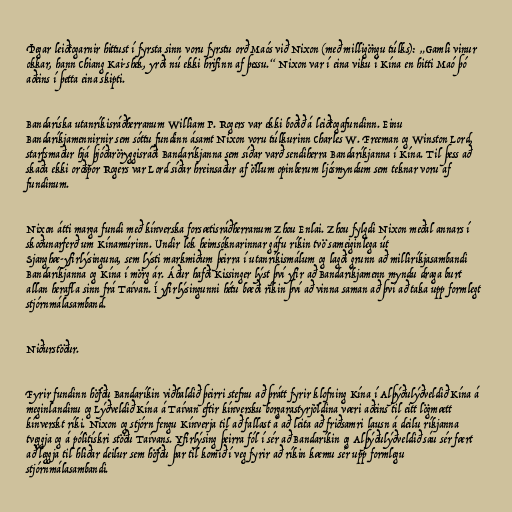
Þegar leiðtogarnir hittust í fyrsta sinn voru fyrstu orð Maós við Nixon (með milligöngu túlks): „Gamli vinur
okkar, hann Chiang Kai-shek, yrði nú ekki hrifinn af þessu.“ Nixon var í eina viku í Kína en hitti Maó þó
aðeins í þetta eina skipti.

Bandaríska utanríkisráðherranum William P. Rogers var ekki boðið á leiðtogafundinn. Einu
Bandaríkjamennirnir sem sóttu fundinn ásamt Nixon voru túlkurinn Charles W. Freeman og Winston Lord,
starfsmaður hjá þjóðaröryggisráði Bandaríkjanna sem síðar varð sendiherra Bandaríkjanna í Kína. Til þess að
skaða ekki orðspor Rogers var Lord síðar hreinsaður af öllum opinberum ljósmyndum sem teknar voru af
fundinum.

Nixon átti marga fundi með kínverska forsætisráðherranum Zhou Enlai. Zhou fylgdi Nixon meðal annars í
skoðunarferð um Kínamúrinn. Undir lok heimsóknarinnar gáfu ríkin tvö sameiginlega út
Sjanghæ-yfirlýsinguna, sem lýsti markmiðum þeirra í utanríkismálum og lagði grunn að milliríkjasambandi
Bandaríkjanna og Kína í mörg ár. Áður hafði Kissinger lýst því yfir að Bandaríkjamenn myndu draga burt
allan herafla sinn frá Taívan. Í yfirlýsingunni hétu bæði ríkin því að vinna saman að því að taka upp formlegt
stjórnmálasamband.

Niðurstöður.

Fyrir fundinn höfðu Bandaríkin viðhaldið þeirri stefnu að þrátt fyrir klofning Kína í Alþýðulýðveldið Kína á
meginlandinu og Lýðveldið Kína á Taívan eftir kínversku borgarastyrjöldina væri aðeins til eitt lögmætt
kínverskt ríki. Nixon og stjórn fengu Kínverja til að fallast á að leita að friðsamri lausn á deilu ríkjanna
tveggja og á pólitískri stöðu Taívans. Yfirlýsing þeirra fól í sér að Bandaríkin og Alþýðulýðveldið sáu sér fært
að leggja til hliðar deilur sem höfðu þar til komið í veg fyrir að ríkin kæmu sér upp formlegu
stjórnmálasambandi.